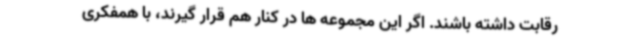
رقابت داشته باشند. اگر این مجموعه ها در کنار هم قرار گیرند، با همفکری